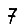
Digit: 7